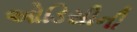
ઓડિસીની